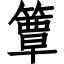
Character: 簟